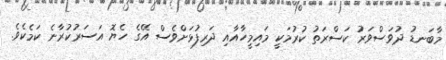
މާބަނޑު ދުވަސްވަރު ކަސްރަތު ކުރުމަކީ މައިމީހާއާއި ދަރިފުޅަށްވެސް އޭގެ ހެޔޮ އަސަރުކުރާނެ ކަމެކެވެ.